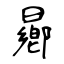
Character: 曏